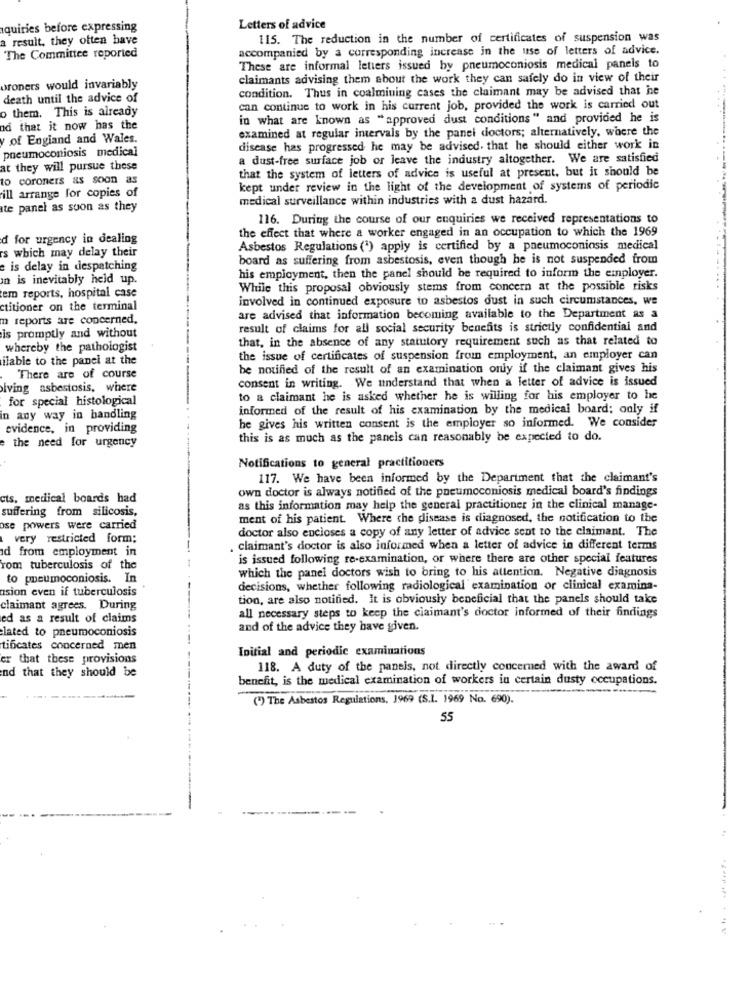
quiries before expressing
Letters of advice
a result, they often have
115. The reduction in the number of certificates of suspension was
accompanied by a corresponding increase in the use of letters of advice.
The Committee reported
These are informal letters issued by pneumoconiosis medical panels to
claimants advising them about the work they can safely do in view of their
oroners would invariably
condition. Thus in coalmining cases the claimant may be advised that he
death until the advice of
o them. This is already
can continue to work in his current job, provided the work is carried out
in what are known as "approved dust conditions" and provided he is
nd that it now has the
examined at regular intervals by the panel doctors; alternatively, where the
y of England and Wales.
pneumoconiosis medical
disease has progressed he may be advised. that he should either work in
a dust-free surface job or leave the industry altogether. We are satisfied
at they will pursue these
that the system of letters of advice is useful at present, but it should be
to coroners as soon as
kept under review in the light of the development of systems of periodic
ill arrange for copies of
medical surveillance within industries with a dust hazard.
te panel as soon as they
116. During the course of our enquiries we received representations to
the effect that where a worker engaged in an occupation to which the 1969
d for urgency in dealing
rs which may delay their
Asbestos Regulations (*) apply is certified by a pneumoconiosis medical
board as suffering from asbestosis, even though he is not suspended from
e is delay in despatching
an is inevitably held up.
his employment, then the panel should be required to inform the employer.
tem reports, hospital case
While this proposal obviously stems from concern at the possible risks
involved in continued exposure to asbestos dust in such circumstances, we
ctitioner on the terminal
m reports are concerned.
are advised that information becoming available to the Department as a
is promptly and without
result of claims for all social security benefits is strictly confidential and
that, in the absence of any statutory requirement such as that related to
whereby the pathologist
ilable to the panel at the
the issue of certificates of suspension from employment, an employer can
be notified of the result of an examination only if the claimant gives his
There are of course
consent in writing. We understand that when a letter of advice is issued
iving asbestosis, where
for special histological
to a claimant he is asked whether he is willing for his employer to he
informed of the result of his examination by the medical board; only if
in any way in handling
he gives his written consent is the employer so informed. We consider
evidence, in providing
this is as much as the paneis can reasonably be expected to do.
e the need for urgency
Notifications to general practitioners
117. We have been informed by the Department that the claimant's
own doctor is always notified of the pneumoconiosis medical board's findings
cts, medical boards had
suffering from silicosis,
as this information may help the general practitioner in the clinical manage-
ment of his patient. Where the disease is diagnosed, the notification to the
ose powers were carried
doctor also encloses a copy of any letter of advice sent to the claimant. The
very restricted form;
d from employment in
. claimant's doctor is also informed when a letter of advice in different terms
is issued following re-examination, or where there are other special features
rom tuberculosis of the
which the panel doctors wish to bring to his attention. Negative diagnosis
to pneumoconiosis. In
asion even if tuberculosis
decisions, whether following radiological examination or clinical examina-
tion, are also notified. It is obviously beneficial that the panels should take
claimant agrees. During
all necessary steps to keep the claimant's doctor informed of their findings
ed as a result of claims
lated to pneumoconiosis
and of the advice they have given.
tificates concerned men
Initial and periodic examinations
er that these provisions
nd that they should be
118. A duty of the paneis, not directly concerned with the award of
benefit, is the medical examination of workers in certain dusty occupations.
(*) The Asbestos Regulations, 1969 (S.I. 1969 No. 690).
55
: